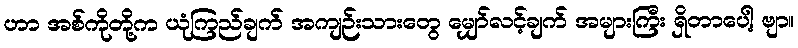
ဟာ အစ်ကိုတို့က ယုံကြည်ချက် အကျဉ်းသားတွေ မျှော်လင့်ချက် အများကြီး ရှိတာပေါ့ ဗျာ။